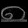
Digit: ၈